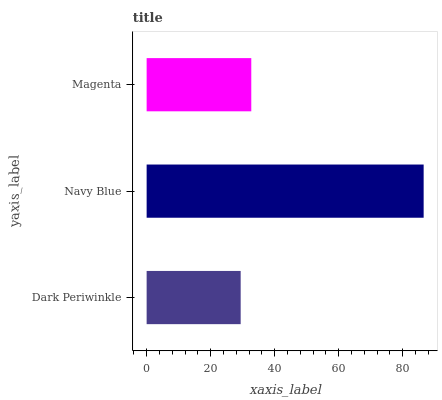
| yaxis_label | bars |
 | --- | --- |
 | Dark Periwinkle | 29.4 |
 | Navy Blue | 86.5 |
 | Magenta | 32.7 |